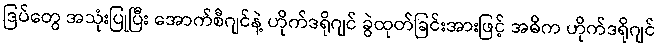
ဒြပ်တွေ အသုံးပြုပြီး အောက်စီဂျင်နဲ့ ဟိုက်ဒရိုဂျင် ခွဲထုတ်ခြင်းအားဖြင့် အဓိက ဟိုက်ဒရိုဂျင်